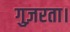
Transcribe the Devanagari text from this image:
गुज़रता।